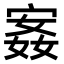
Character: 𫳣